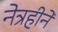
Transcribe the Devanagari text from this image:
नेत्रहीने